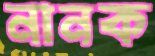
নানক